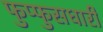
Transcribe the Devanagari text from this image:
फुप्फुसधारी